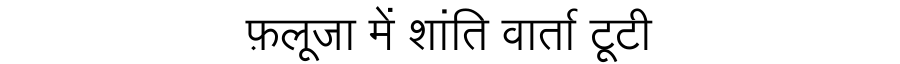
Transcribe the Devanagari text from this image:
फ़लूजा में शांति वार्ता टूटी